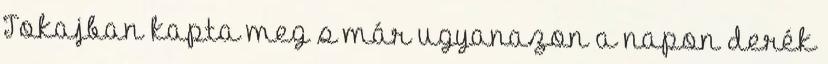
Tokajban kapta meg s már ugyanazon a napon derék